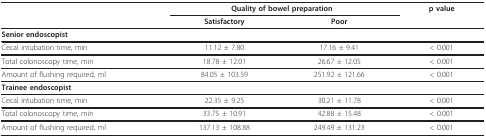
|  | <COLSPAN=2> Quality of bowel preparation | p value |
 |  | Satisfactory | Poor |  |
 | --- | --- | --- | --- |
 | <COLSPAN=4> Senior endoscopist |
 | Cecal intubation time, min | 11.12 ± 7.80 | 17.16 ± 9.41 | < 0.001 |
 | Total colonoscopy time, min | 18.78 ± 12.01 | 26.67 ± 12.05 | < 0.001 |
 | Amount of flushing required, ml | 84.05 ± 103.59 | 251.92 ± 121.66 | < 0.001 |
 | <COLSPAN=4> Trainee endoscopist |
 | Cecal intubation time, min | 22.35 ± 9.25 | 30.21 ± 11.78 | < 0.001 |
 | Total colonoscopy time, min | 33.75 ± 10.91 | 42.88 ± 15.48 | < 0.001 |
 | Amount of flushing required, ml | 137.13 ± 108.88 | 249.49 ± 131.23 | < 0.001 |